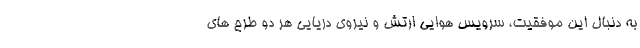
به دنبال این موفقیت، سرویس هوایی ارتش و نیروی دریایی هر دو طرح های